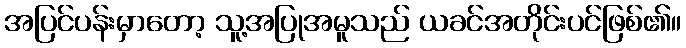
အပြင်ပန်းမှာတော့ သူ့အပြုအမူသည် ယခင်အတိုင်းပင်ဖြစ်၏။